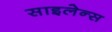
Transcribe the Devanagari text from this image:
साइलेन्स